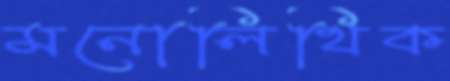
মনোলিথিক